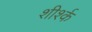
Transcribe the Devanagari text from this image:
शीर्श्क